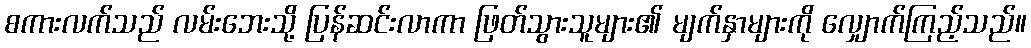
စကားလက်သည် လမ်းဘေးသို့ ပြန်ဆင်းလာကာ ဖြတ်သွားသူများ၏ မျက်နှာများကို လျှောက်ကြည့်သည်။